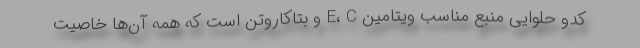
کدو حلوایی منبع مناسب ویتامین E، C و بتاکاروتن است که همه آن‌ها خاصیت